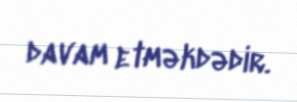
davam etməkdədir.